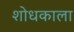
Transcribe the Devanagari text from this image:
शोधकाला